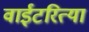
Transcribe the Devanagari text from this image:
वाईटरित्या